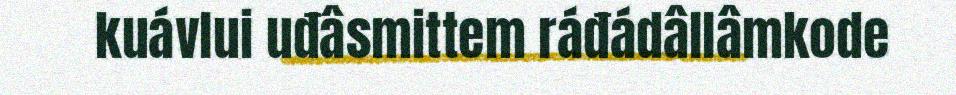
kuávlui uđâsmittem ráđádâllâmkode